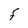
Character: F